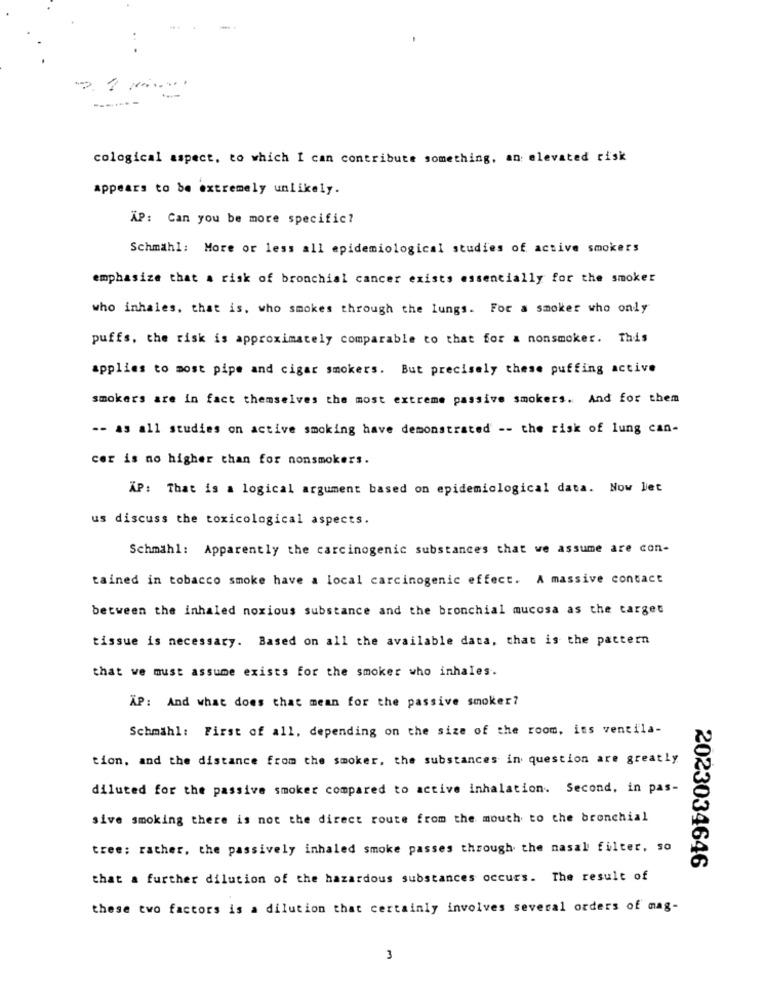
-------
cological aspect, to which I can contribute something, an elevated risk
appears to be extremely unlikely.
XP: Can you be more specific?
Schmahl: More or less all epidemiological studies of active smokers
emphasize that a risk of bronchial cancer exists essentially for the smoker
who inhales, that is, who smokes through the lungs. For a smoker who only
puffs, the risk is approximately comparable to that for a nonsmoker. This
applies to most pipe and cigar smokers. But precisely these puffing active
smokers are in fact themselves the most extreme passive smokers. And for them
-- as all studies on active smoking have demonstrated -- the risk of lung can-
cer is no higher than for nonsmokers.
XP: That is a logical argument based on epidemiological data. Now let
us discuss the toxicological aspects.
Schmähl: Apparently the carcinogenic substances that we assume are con-
tained in tobacco smoke have a local carcinogenic effect. A massive contact
between the inhaled noxious substance and the bronchial mucosa as the target
tissue is necessary. Based on all the available data, that is the pattern
that we must assume exists for the smoker who inhales.
XP: And what does that mean for the passive smoker?
Schmähl: First of all, depending on the size of the room, ins ventila-
tion, and the distance from the smoker, the substances in question are greatly
diluted for the passive smoker compared to active inhalation. Second, in pas-
sive smoking there is not the direct route from the mouth to the bronchial
tree; rather, the passively inhaled smoke passes through the nasal filter, so
2023034646
that a further dilution of the hazardous substances occurs. The result of
these two factors is a dilution that certainly involves several orders of mag-
3